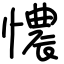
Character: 憹